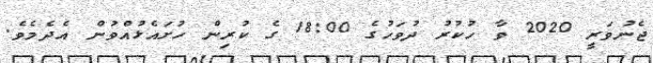
ޖެނުވަރީ 2020 ވާ ހުކުރު ދުވަހުގެ 18:00 ގެ ކުރިން ހުށައެޅުއްވުން އެދެމެވެ.